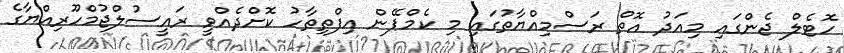
ހޮޓެލް ޖެންގައި މިއަދު އޮތް ރަސްމިއްޔާތުގައި މި ކެމްޕޭން އިފްތިތާހު ކޮށްދެއްވީ ރައީސުލްޖުމްހޫރިއްޔާގެ